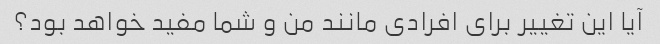
آیا این تغییر برای افرادی مانند من و شما مفید خواهد بود؟